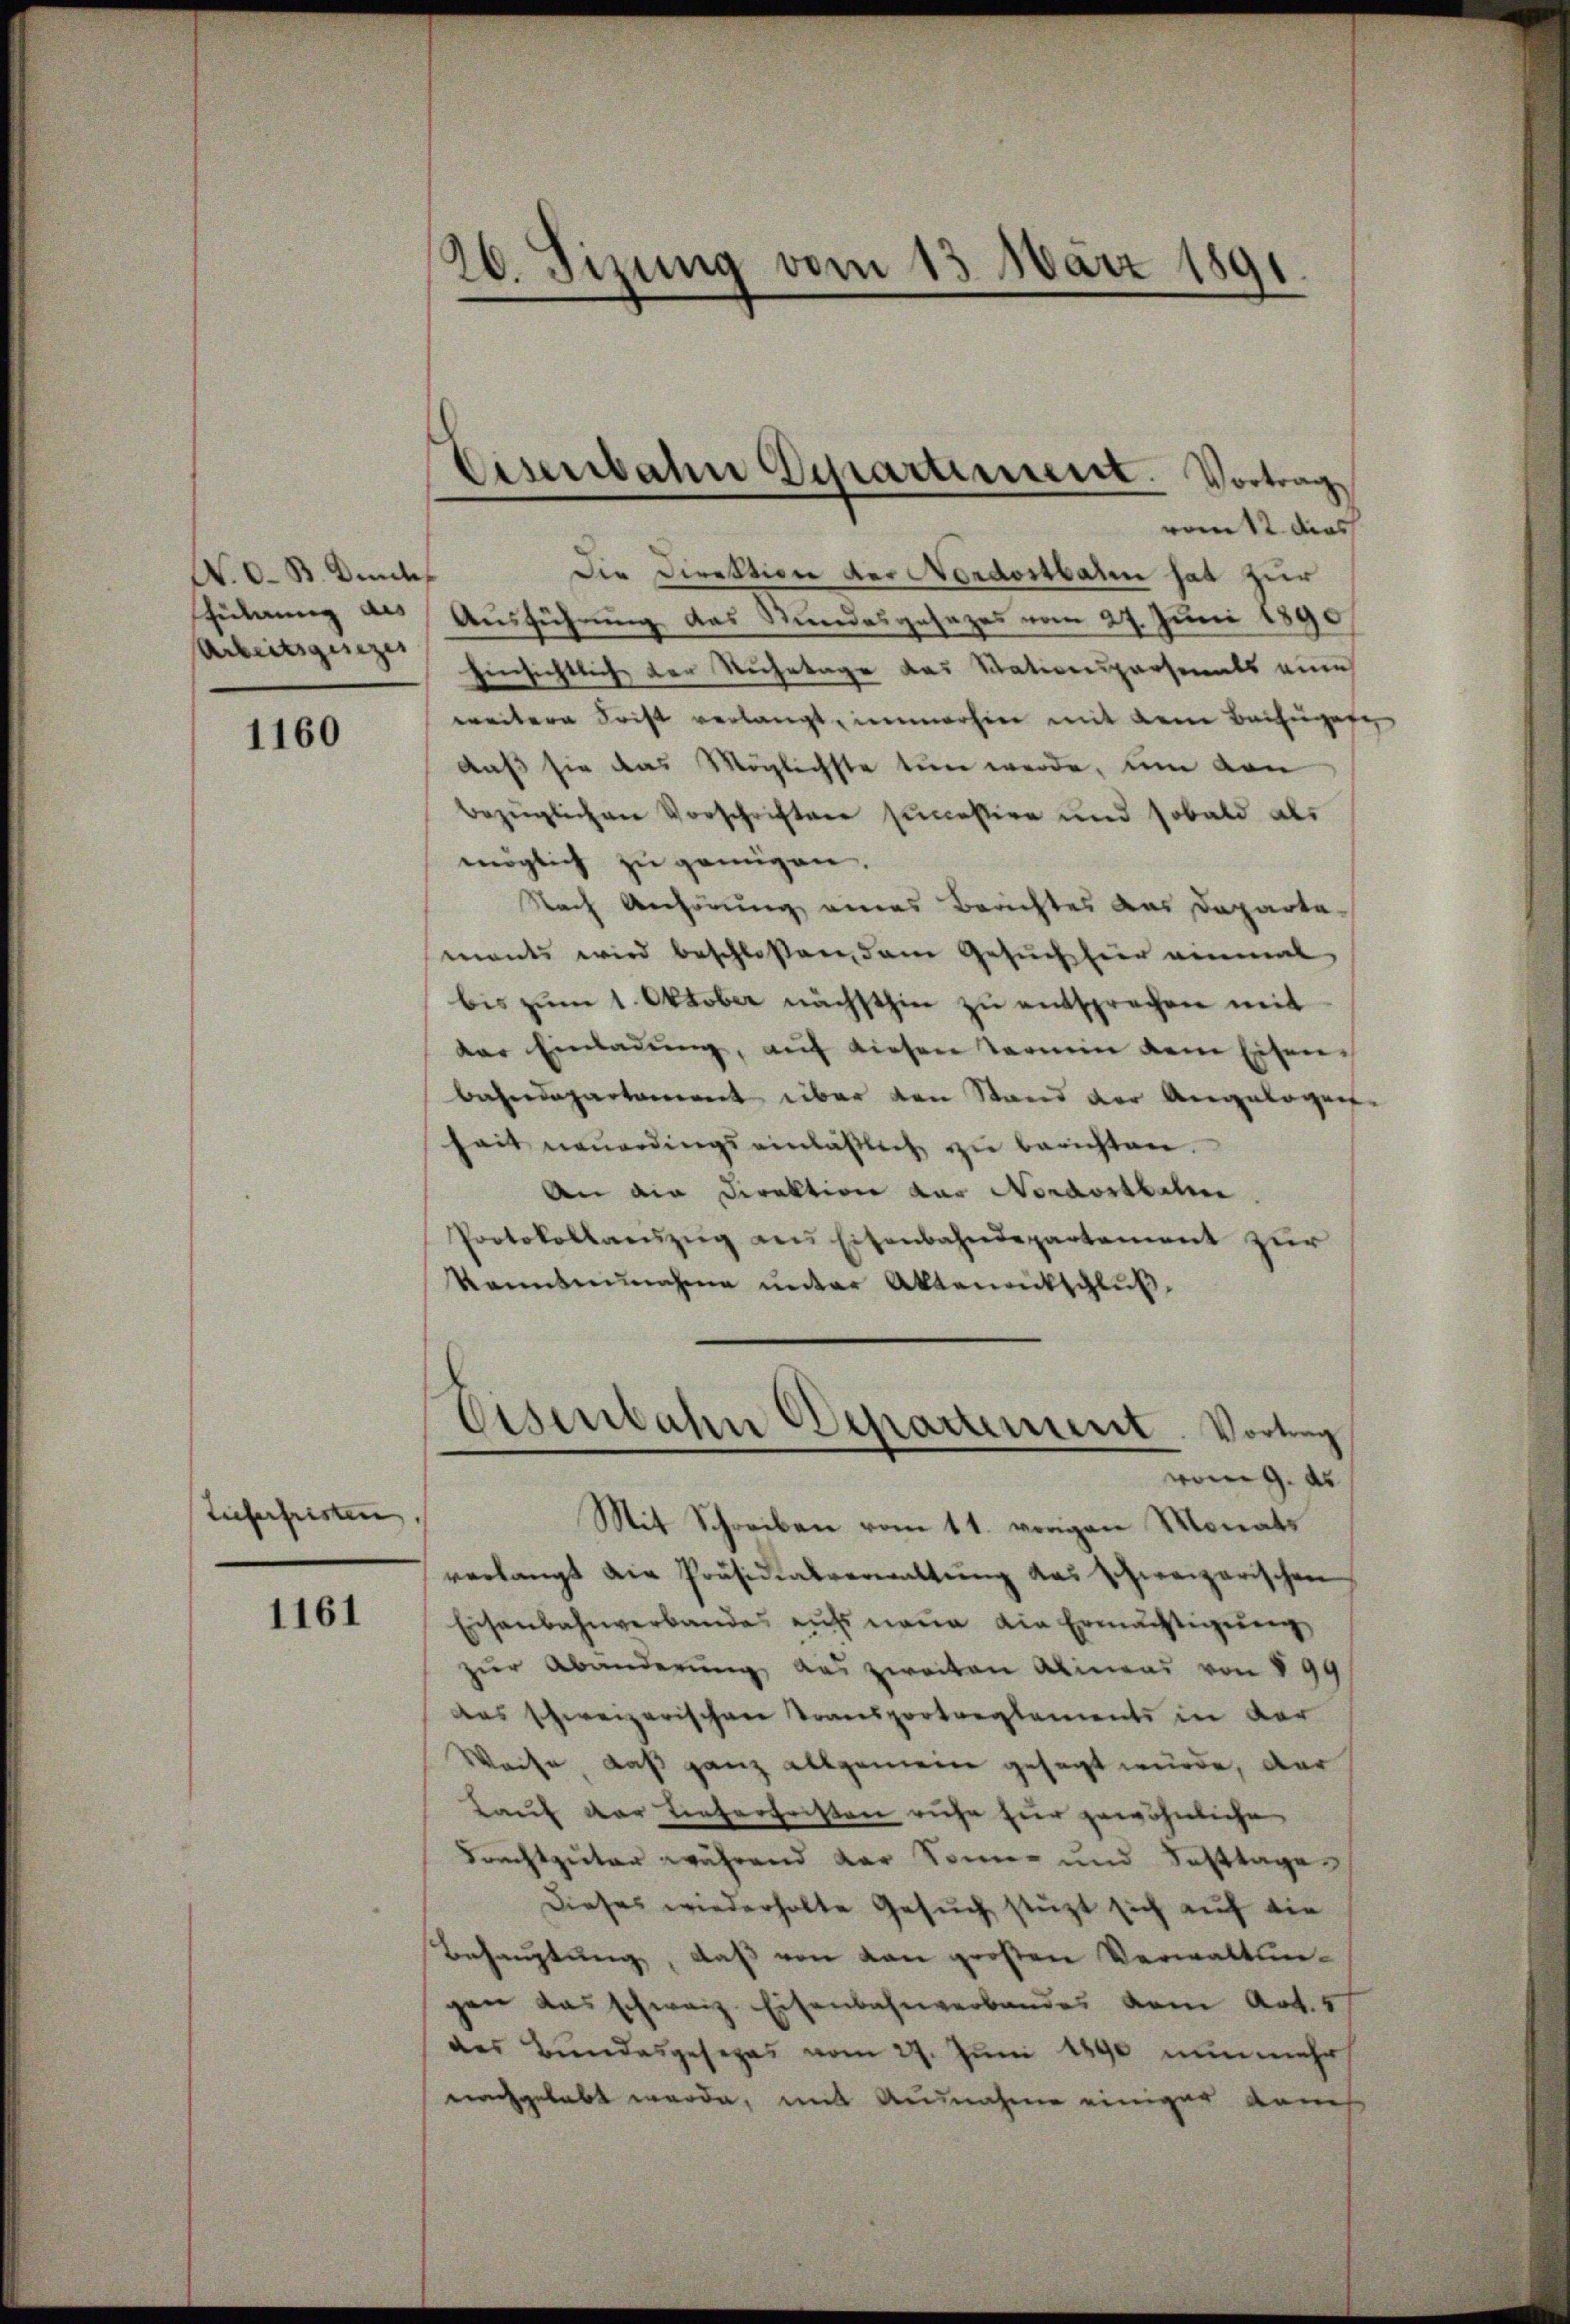
N. O. B. Dies
spülung als
Arbeitsgesezes

1160

Tieferfristen

1161

26. Sizung vom 13. März 1891
¬

Eisenbahn Departiment. Vortrag

rott dies
Die Direktion der Nordostbaren hat zur
Ausführung das Stundesgesezes vom 27. Juni 1890
Einsichtlich der Ruhetage das Stativenspersonals eine
weitere Frist verlangt, immerhier mit dem Beifügen
daß sie das Möglichste tun werde, um von
bezüglichen Vorschriften successire und sobald als
möglich zu genügen.
Nach Anhörung eines Berichtes das Departemants wird beschloßen, dem Gesuch hier einmal
bis zum 1. Oktober nächsthin zu entsprechen mit
der Einladung, auf diesen Termin dem Eisenbahndepartement über den Stand der Angelegen
hait neuerdings einläßlich zu berichten.
An die Direktion das Nordostbahne
Protokollanzŭg ans Eisenbahndepartement zur
kannternahme unter Aktenantschlŭβ
Eisenbahn Departement. Vortrag
vom 9. d.
Mit Schreiben vom 11. vorigen Monats
verlangt die Präsidialverwaltŭng das schweizerischen
Eisenbahnverbandes aufs neue die Ermächtigung
zŭr Abänderŭng, das zweiten Alineas von § 99
das schweizerischen Transportreglements in der
Weise das ganz allgemein gesagt wurde, dar
Lauf der Lieferfristen ruhe zur gewöhnliche
Frechtguter während der Sonner und Fasttage
Dieses wiederholte Gesuch stützt sich auf die
Behauptung, daß von von großen Verwaltungen das schweiz Eisenbahnverbandes vom Art. 4
des Bundesgesezes vom 27. Juni 1890 nunmehr
nachgelebt werde, mit Ausnahme einiger Rauch